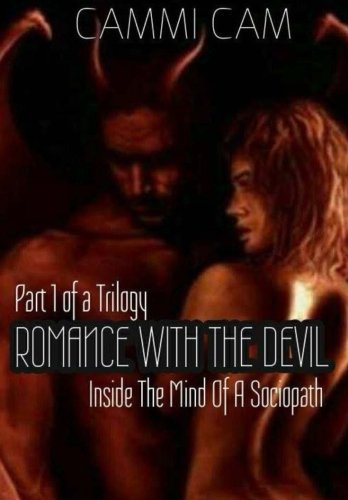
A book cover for Romance With The Devil: Inside The Mind Of A Sociopath (Part 1 Of A Trilogy) (Volume 1); Cammi Cam; Literature & Fiction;